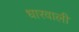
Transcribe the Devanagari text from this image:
धारवाली